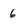
Character: 6